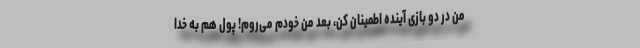
من در دو بازی آینده اطمینان کن، بعد من خودم می‌روم! پول هم به خدا